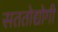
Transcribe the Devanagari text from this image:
सततोद्योगी